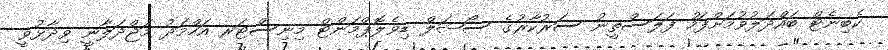
ކެބިނެޓް ބައްދަލުވުމަށްފަހު ފަލަސްތީނު ސަރުކާރުގެ ސޯޝަލް ޑިވެލޮޕްމަންޓް މިނިސްޓަރ އަހްމަދު މަޖްދަލާނީ ވިދާޅުވީ